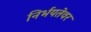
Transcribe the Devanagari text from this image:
निर्भयतेवर